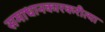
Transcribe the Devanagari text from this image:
समाधानकारकरीत्या